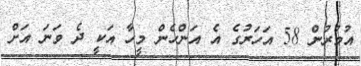
އުމުރުން 58 އަހަރުގެ އެ އަންހެން މީހާ އަކީ ދެ ވަނަ އަށް